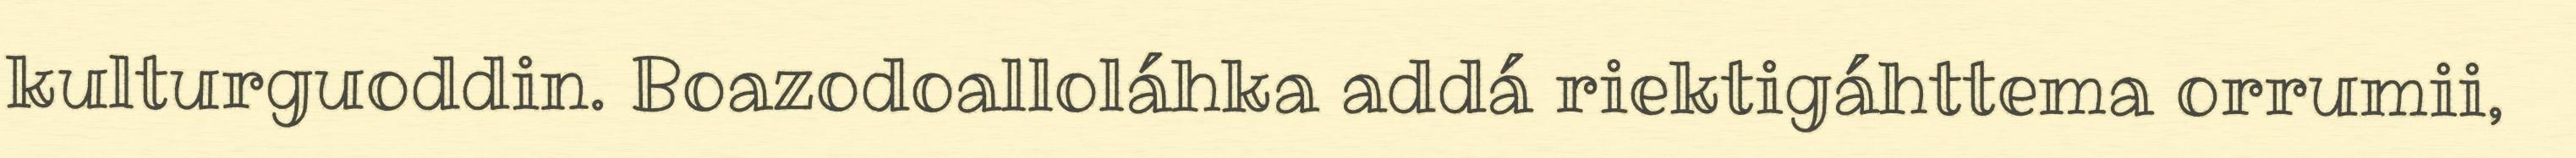
kulturguoddin. Boazodoalloláhka addá riektigáhttema orrumii,